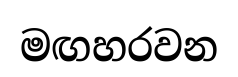
මඟහරවන